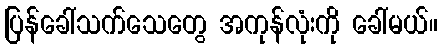
ပြန်ခေါ်သက်သေတွေ အကုန်လုံးကို ခေါ်မယ်။